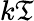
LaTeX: k\mathfrak{T}